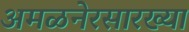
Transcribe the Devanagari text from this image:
अमळनेरसारख्या